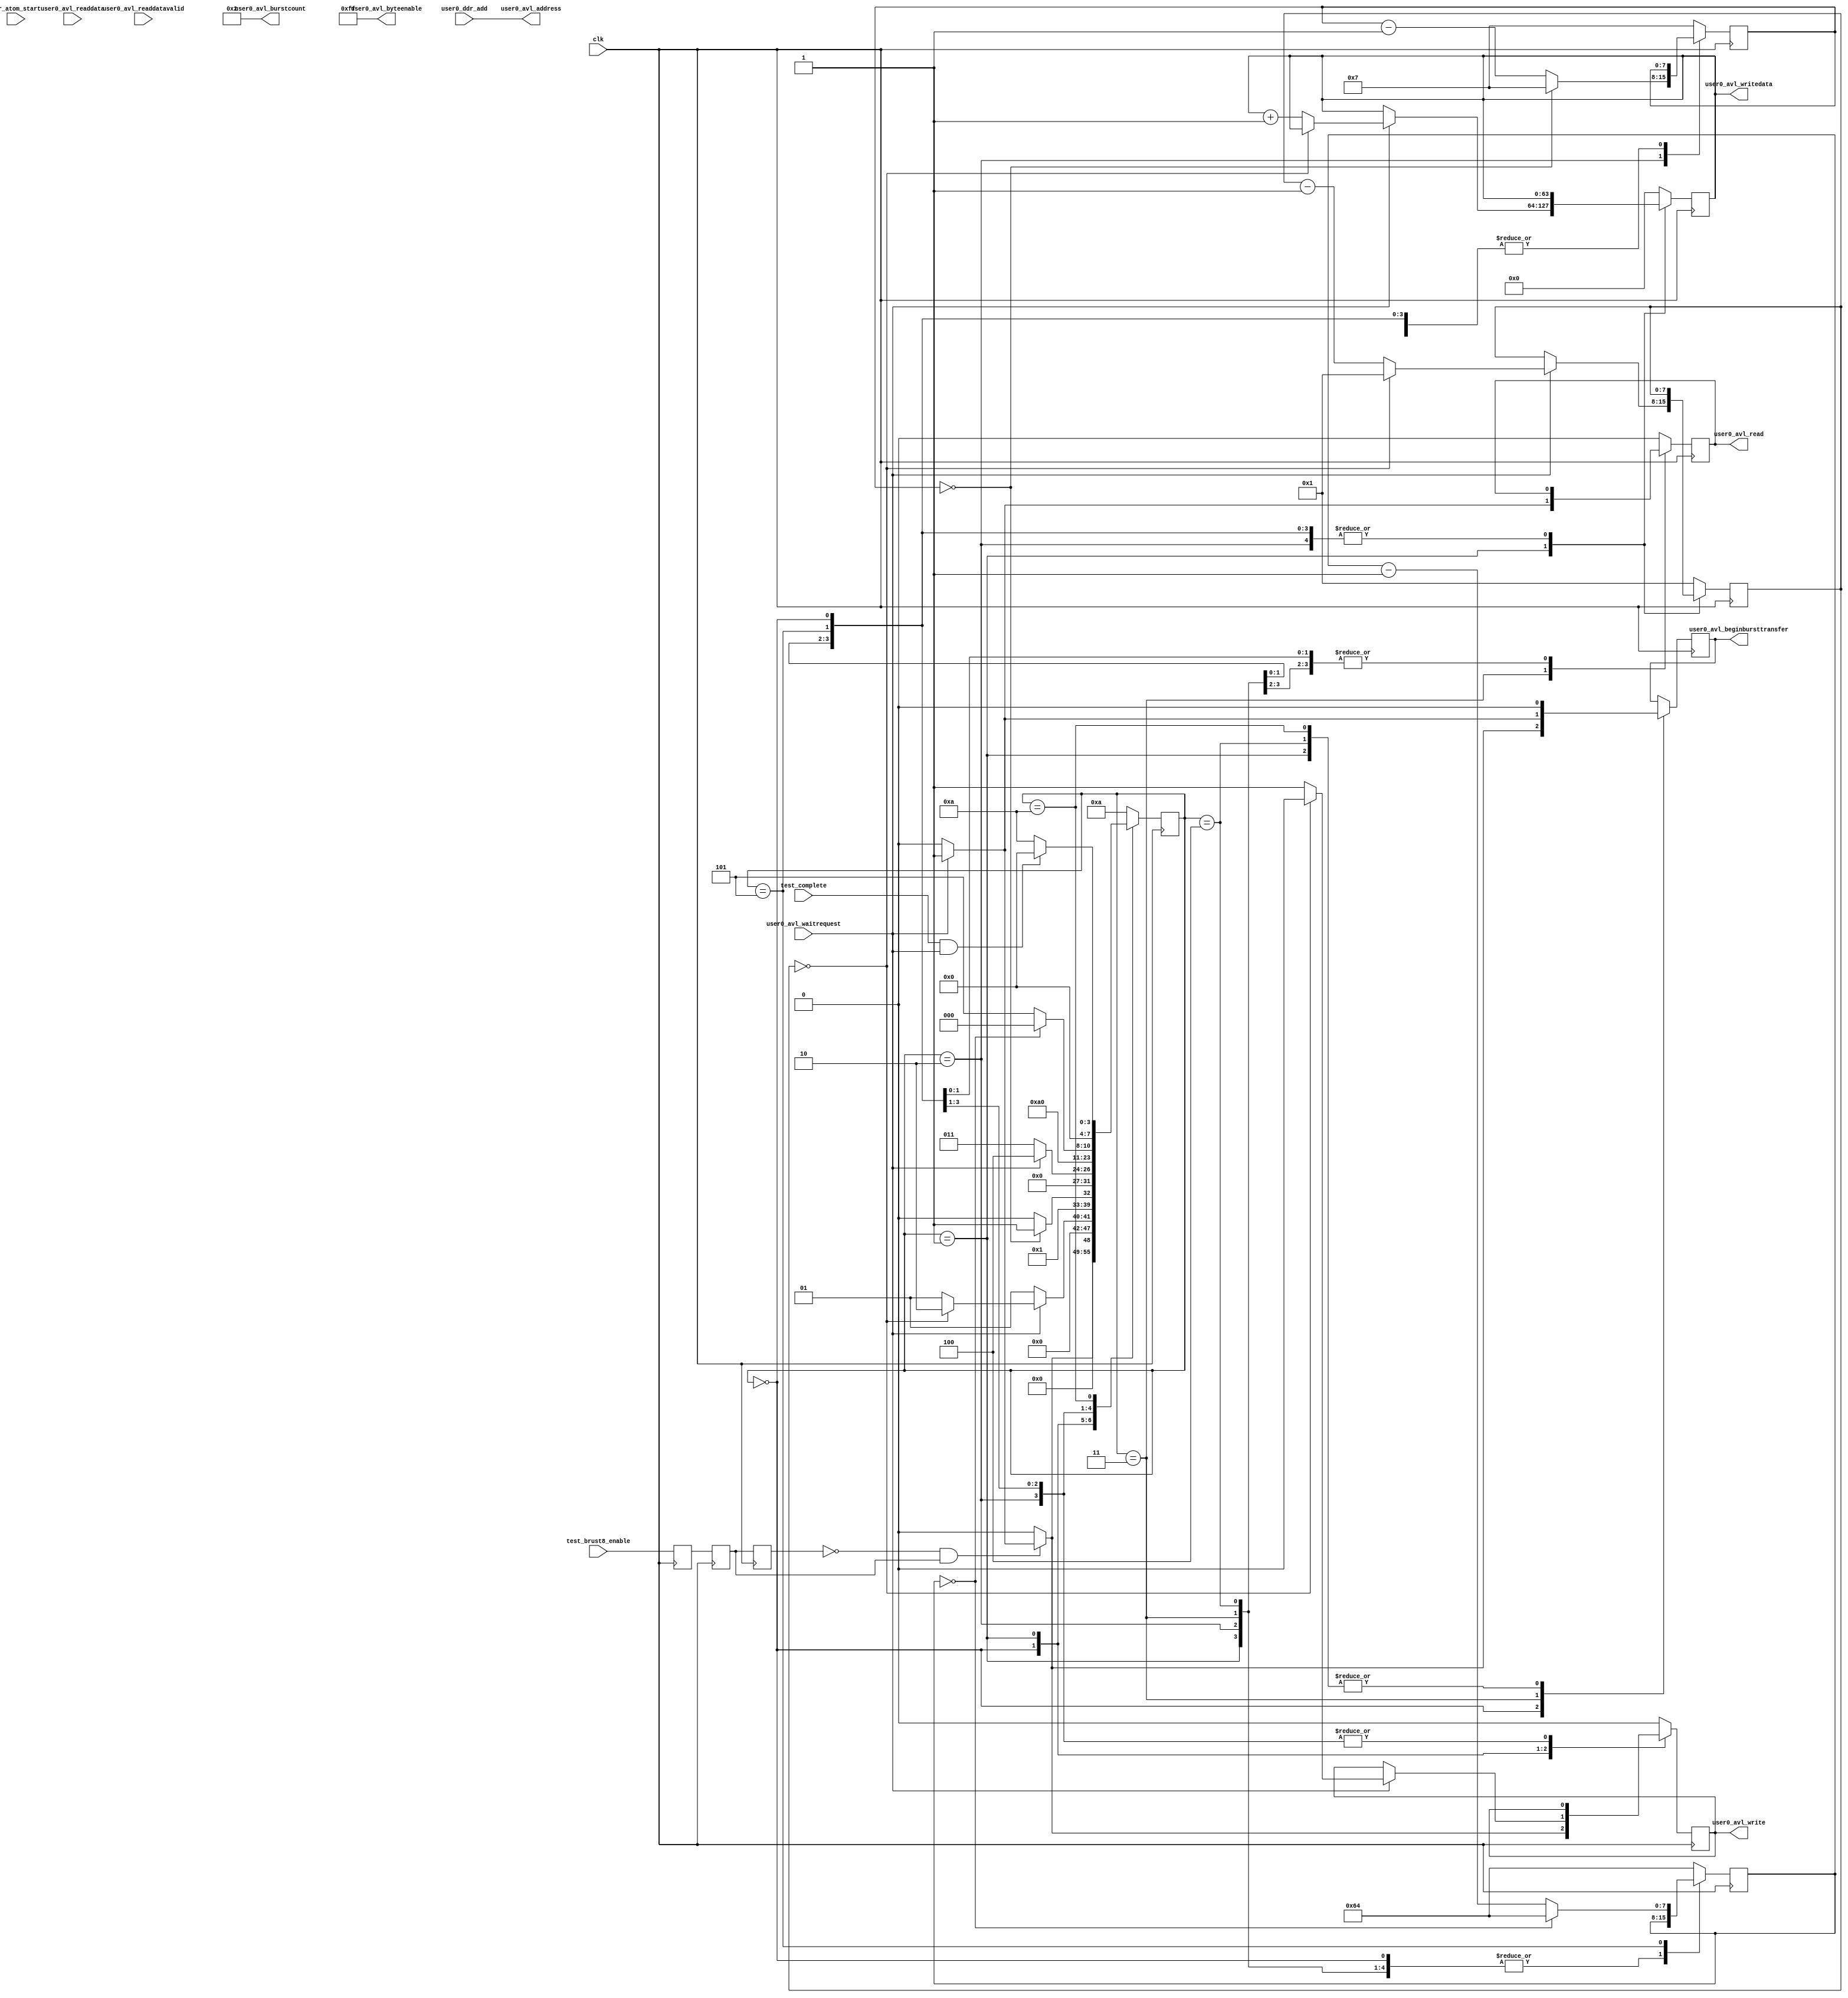
`timescale 1 ns / 1 ns
module ddr_control_test_brust8(
		input clk,
		input test_complete,
		
		output wire [24:0] user0_avl_address,             //user0_avl.address
		output reg         user0_avl_write,               //.write
		output reg         user0_avl_read,                //.read
		input  wire[63:0]  user0_avl_readdata,             //.readdata
		output reg [63:0]  user0_avl_writedata,           //.writedata
		output reg         user0_avl_beginbursttransfer,  //.beginbursttransfer
		output wire[3:0]   user0_avl_burstcount,           //.burstcount
		output wire[7:0]   user0_avl_byteenable,           //.byteenable
		input  wire        user0_avl_readdatavalid,       //.readdatavalid
		input  wire        user0_avl_waitrequest,          //.waitrequest_n
		
		input 	  [24:0]	 user0_ddr_add,
		input 				 ddr_atom_start,
		input 				 test_brust8_enable
	);

parameter BURSTCOUNT=1;

assign user0_avl_address = user0_ddr_add;

wire 	pos_test_brust8_enable,neg_test_brust8_enable;
reg test_brust8_enable_r0,test_brust8_enable_r1,test_brust8_enable_r2;
always@(posedge clk)
	begin
		test_brust8_enable_r0<=test_brust8_enable;
		test_brust8_enable_r1<=test_brust8_enable_r0;
		test_brust8_enable_r2<=test_brust8_enable_r1;
	end

assign pos_test_brust8_enable=(~test_brust8_enable_r2)&test_brust8_enable_r1;
assign neg_test_brust8_enable=test_brust8_enable_r2&(~test_brust8_enable_r1);   
	
assign user0_avl_burstcount=BURSTCOUNT+1;         		//.burstcount
assign user0_avl_byteenable=8'b1111_1111;    //.byteenable
		
(* syn_preserve = 1 *)reg [7:0] brust_state=10;
reg [7:0] brust_cnt=BURSTCOUNT;
reg [7:0] operate_interval=7;
reg [7:0] atom_interval=100;
always@(posedge clk)
	begin
		case(brust_state)
				0:begin
					if(pos_test_brust8_enable)
						begin
							if(user0_avl_waitrequest)
								begin
									user0_avl_write<=1;
									user0_avl_beginbursttransfer<=1;
									brust_state<=1;
								end
							else
								begin
									user0_avl_write<=0;
									user0_avl_beginbursttransfer<=0;
									brust_state<=0;
								end
						end
					else
						begin
							user0_avl_write<=0;
							user0_avl_beginbursttransfer<=0;
							brust_state<=0;
						end
					  end
				1:begin
					user0_avl_beginbursttransfer<=0;
					if(user0_avl_waitrequest)
						begin
							if(brust_cnt==0)
								begin
									brust_state<=2;
									user0_avl_write<=0;
									brust_cnt<=BURSTCOUNT;
									user0_avl_writedata<=user0_avl_writedata;
								end
							else
								begin
									brust_state<=1;
									user0_avl_write<=1;
									brust_cnt<=brust_cnt-1;
									user0_avl_writedata<=user0_avl_writedata+1;
								end
						end
					else
						begin
							user0_avl_write<=user0_avl_write;
							brust_cnt<=brust_cnt;
							brust_state<=1;
						end
					
					  end
				2:begin
						if(operate_interval==0)
							begin
								operate_interval<=7;
								brust_state<=3;
							end
						else
							begin
								operate_interval<=operate_interval-1;
								brust_state<=2;
							end

					  end
				3:begin	
						if(user0_avl_waitrequest)
							begin
								user0_avl_beginbursttransfer<=1;
								user0_avl_read<=1;
								brust_state<=4;
							end
						else
							begin
								user0_avl_beginbursttransfer<=0;
								user0_avl_read<=0;
								brust_state<=3;
							end
				     end
				4:begin
						user0_avl_beginbursttransfer<=0;
						user0_avl_read<=0;
						brust_state<=5;
					end
				5:begin
						if(atom_interval==0)
							begin
								atom_interval<=100;
								brust_state<=0;							
							end
						else
							begin
								atom_interval<=atom_interval-1;
								brust_state<=5;
							end
//						if(atom_interval==50)user0_avl_address<=user0_avl_address+8;
					end
				10:begin
						if((test_complete)&&(user0_avl_waitrequest))brust_state<=0;
						else brust_state<=10;
						brust_cnt<=BURSTCOUNT;
						operate_interval<=7;
						atom_interval<=100;
//						user0_avl_address<=0;
						user0_avl_write<=0;
						user0_avl_read<=0;
						user0_avl_beginbursttransfer<=0;
						user0_avl_writedata<=0;
					end
				default:begin
						brust_state<=10;
						brust_cnt<=BURSTCOUNT;
						operate_interval<=7;
						atom_interval<=100;
//						user0_avl_address<=0;
						user0_avl_write<=0;
						user0_avl_read<=0;
						user0_avl_writedata<=0;
					  end
		endcase
	end
	
endmodule